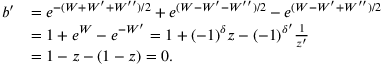
\begin{array} { r l } { b ^ { \prime } } & { = e ^ { - ( W + W ^ { \prime } + W ^ { \prime \prime } ) / 2 } + e ^ { ( W - W ^ { \prime } - W ^ { \prime \prime } ) / 2 } - e ^ { ( W - W ^ { \prime } + W ^ { \prime \prime } ) / 2 } } \\ & { = 1 + e ^ { W } - e ^ { - W ^ { \prime } } = 1 + ( - 1 ) ^ { \delta } z - ( - 1 ) ^ { \delta ^ { \prime } } \frac { 1 } { z ^ { \prime } } } \\ & { = 1 - z - ( 1 - z ) = 0 . } \end{array}